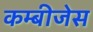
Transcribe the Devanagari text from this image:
कम्बीजेस